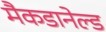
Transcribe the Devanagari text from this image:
मैकडानेल्ड